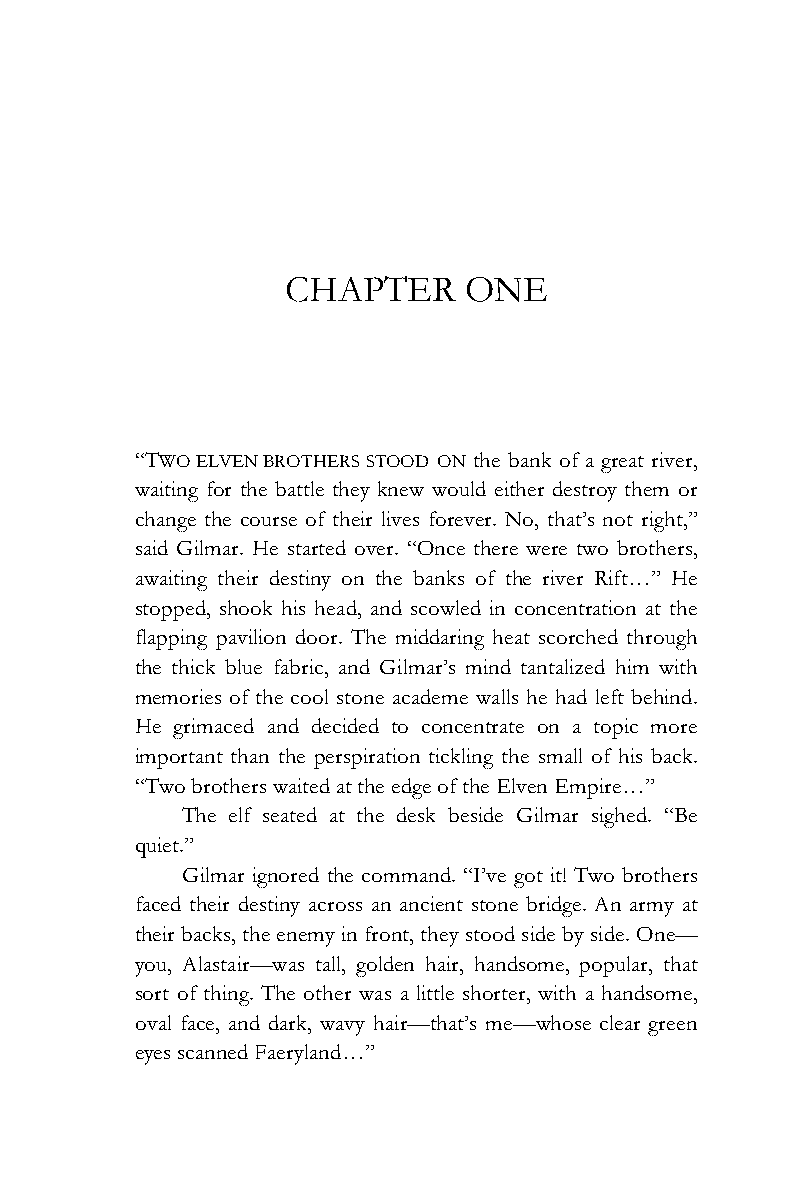
CHAPTER     ONE
 “TWO ELVEN BROTHERS STOOD ON the bank of a great river,
 waiting for the battle they knew would either destroy them or
 change the course of their lives forever. No, that’s not right,”
 said Gilmar. He started over. “Once there were two brothers,
 awaiting their destiny on the banks of the river Rift…” He
 stopped, shook his head, and scowled in concentration at the
 flapping pavilion door. The middaring heat scorched through
 the thick blue fabric, and Gilmar’s mind tantalized him with
 memories of the cool stone academe walls he had left behind.
 He grimaced and decided to concentrate on a topic more
 important than the perspiration tickling the small of his back.
 “Two brothers waited at the edge of the Elven Empire…”
 The elf seated at the desk beside Gilmar sighed. “Be
 quiet.”
 Gilmar ignored the command. “I’ve got it! Two brothers
 faced their destiny across an ancient stone bridge. An army at
 their backs, the enemy in front, they stood side by side. One—
 you, Alastair—was tall, golden hair, handsome, popular, that
 sort of thing. The other was a little shorter, with a handsome,
 oval face, and dark, wavy hair—that’s me—whose clear green
 eyes scanned Faeryland…”